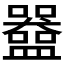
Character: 𬑀